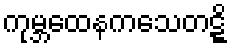
ကုမ္ဘထေနကသေတဋ္ဋိ